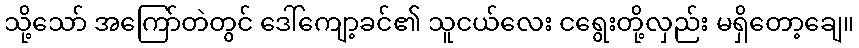
သို့သော် အကြော်တဲတွင် ဒေါ်ကျော့ခင်၏ သူငယ်လေး ငရွေးတို့လှည်း မရှိတော့ချေ။